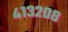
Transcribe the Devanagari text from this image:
४१३२०८